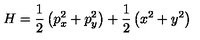
H = \frac { 1 } { 2 } \left( p _ { x } ^ { 2 } + p _ { y } ^ { 2 } \right) + \frac { 1 } { 2 } \left( x ^ { 2 } + y ^ { 2 } \right) \nonumber